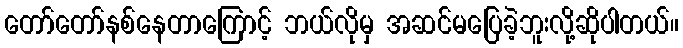
တော်တော်နစ်နေတာကြောင့် ဘယ်လိုမှ အဆင်မပြေခဲ့ဘူးလို့ဆိုပါတယ်။